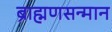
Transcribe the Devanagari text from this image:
ब्राह्मणसन्मान